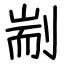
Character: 剬